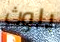
بلوث